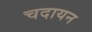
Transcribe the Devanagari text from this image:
चदायन